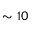
\sim 1 0